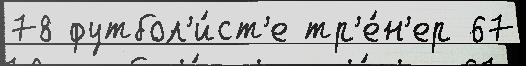
78 футбол'и́ст'е тр'е́н'ер 67